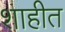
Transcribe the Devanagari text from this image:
शाहीत